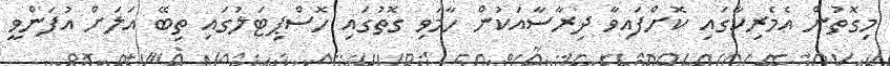
މިގޮތުން އެމެރިކާގައި ކޮށްފައިވާ ދިރާސާއަކުން ހާމަވި ގޮތުގައި ހޮސްޕިޓަލުގައި ތިބޭ އަލަށް އުފަންވީ